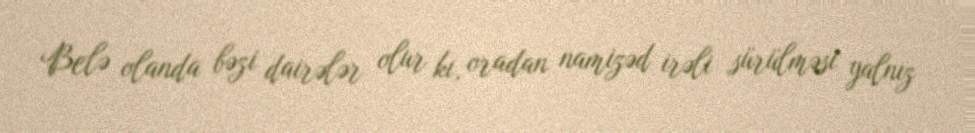
Belə olanda bəzi dairələr olur ki, oradan namizəd irəli sürülməsi yalnız